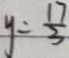
y = \frac { 1 7 } { 3 }